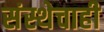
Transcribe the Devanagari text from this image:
संस्थेचाही